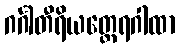
ဂင်္ဂါတီရိယတ္ထေရဂါထာ